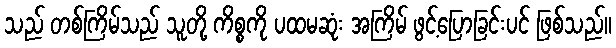
သည် တစ်ကြိမ်သည် သူတို့ ကိစ္စကို ပထမဆုံး အကြိမ် ဖွင့်ပြောခြင်းပင် ဖြစ်သည်။